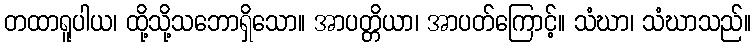
တထာရူပါယ၊ ထို့သို့သဘောရှိသော။ အာပတ္တိယာ၊ အာပတ်ကြောင့်။ သံဃာ၊ သံဃာသည်။